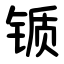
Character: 锧